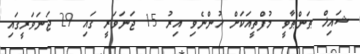
ޝައިޚް ޠަންޠާވީ މުފްތީއަކަށް ހުންނެވި އިރު 15 ޖަނަވަރީ ގައި 29 ޖަނަވަރީގައި